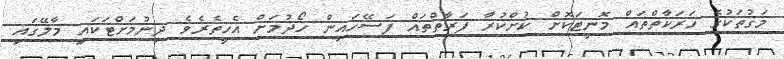
މަގުތަކުގެ ހަރަކާތްތައް މޮނިޓަކޮށް ކުށްކުރާ ފަރާތްތައް ފަސޭހައިން ހޯދުމަށް އެހީތެރެވެ ދިނުމަށްޓަކައި މާލޭގައި